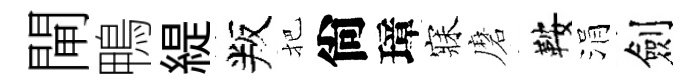
閘鴨緹叛把尙璋寐磨鞍涓劍